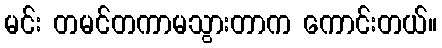
မင်း တမင်တကာမသွားတာက ကောင်းတယ်။